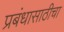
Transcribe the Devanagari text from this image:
प्रबंधासाठीचा